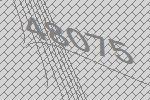
48075